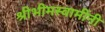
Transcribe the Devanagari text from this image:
श्रीभीमस्वामींनी